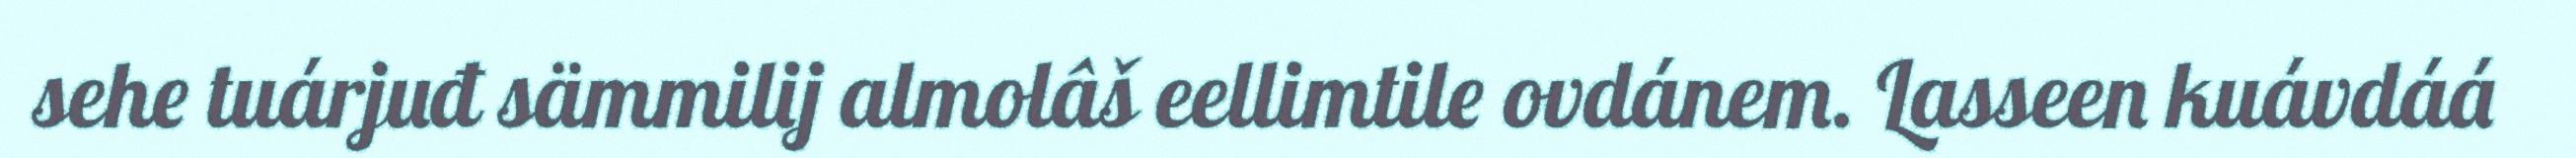
sehe tuárjuđ sämmilij almolâš eellimtile ovdánem. Lasseen kuávdáá